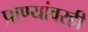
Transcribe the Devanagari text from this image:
प्राण्यांवरही